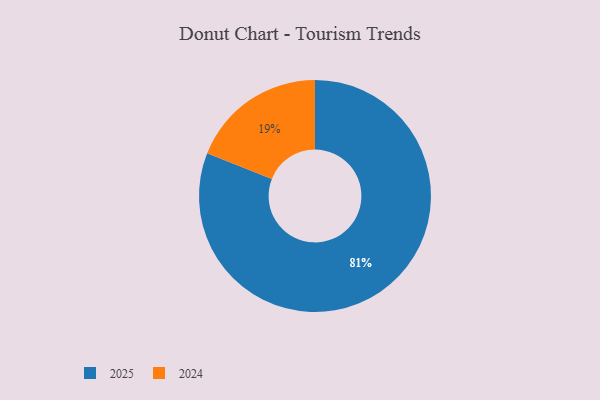
{"axis": {"x": "Category", "y": "Percentage"}, "legend": ["2024", "2025"], "data": [{"x": "2025", "y": 81, "type": "2025"}, {"x": "2024", "y": 19, "type": "2024"}]}